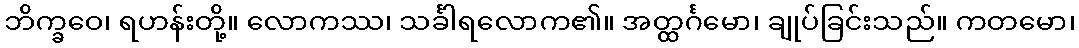
ဘိက္ခဝေ၊ ရဟန်းတို့။ လောကဿ၊ သင်္ခါရလောက၏။ အတ္ထင်္ဂမော၊ ချုပ်ခြင်းသည်။ ကတမော၊